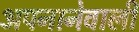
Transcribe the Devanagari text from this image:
अपनानेवाली